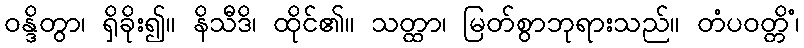
ဝန္ဒိတွာ၊ ရှိခိုး၍။ နိသီဒိ၊ ထိုင်၏။ သတ္ထာ၊ မြတ်စွာဘုရားသည်။ တံပဝတ္တိံ၊